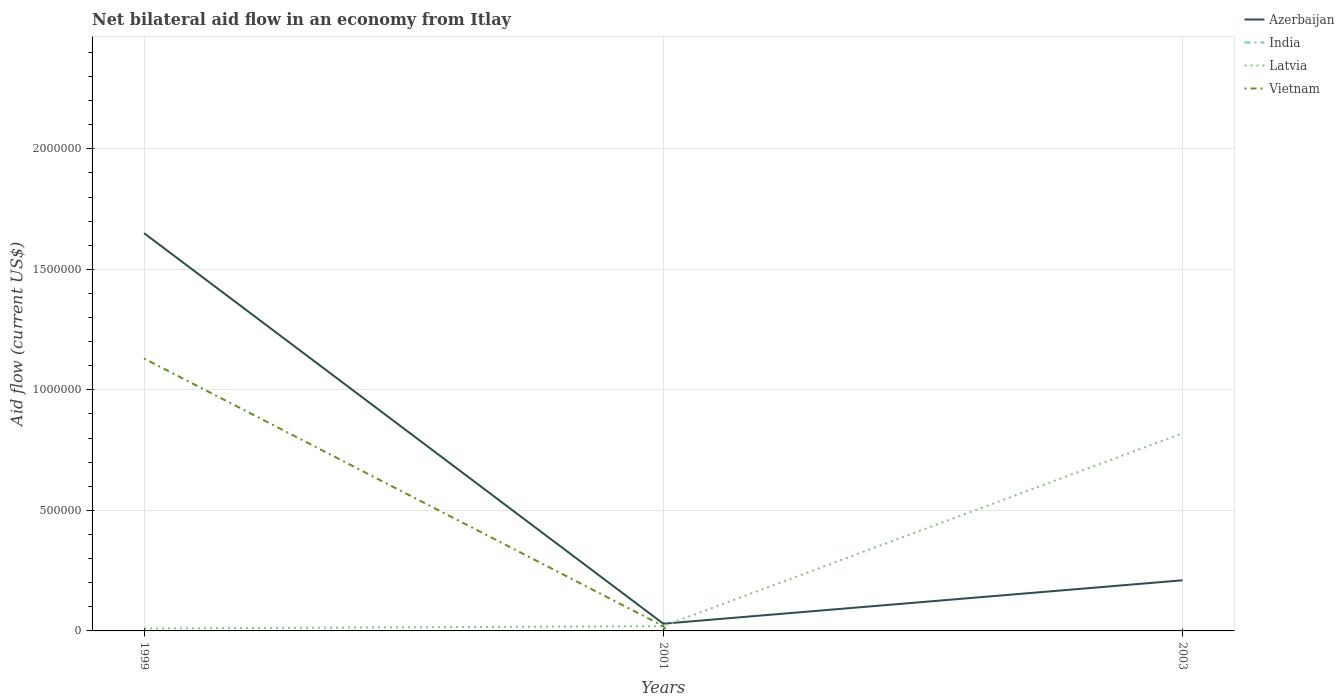
| Years | Azerbaijan | India | Latvia | Vietnam |
 | --- | --- | --- | --- | --- |
 | 1999 | 1.65e+06 | -1.47e+07 | 1e+04 | 1.13e+06 |
 | 2001 | 3e+04 | -8.27e+06 | 2e+04 | 2e+04 |
 | 2003 | 2.1e+05 | -1.25e+07 | 8.2e+05 | -3.13e+06 |